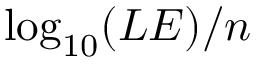
\log _ { 1 0 } ( L E ) / n